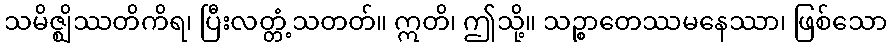
သမိဇ္ဈိဿတိကိရ၊ ပြီးလတ္တံ့သတတ်။ ဣတိ၊ ဤသို့။ သဉ္စာတေဿမနေဿာ၊ ဖြစ်သော